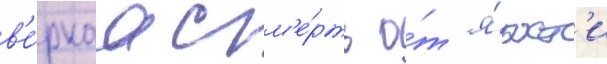
в'е́рнаа см'е́рть о́т я́рост'и